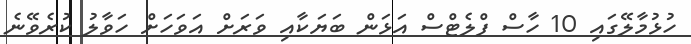
ހުޅުމާލޭގައި 10 ހާސް ފްލެޓްސް އަޅަން ބަޔަކާއި ވަރަށް އަވަހަށް ހަވާލު ކުރެވޭނެ